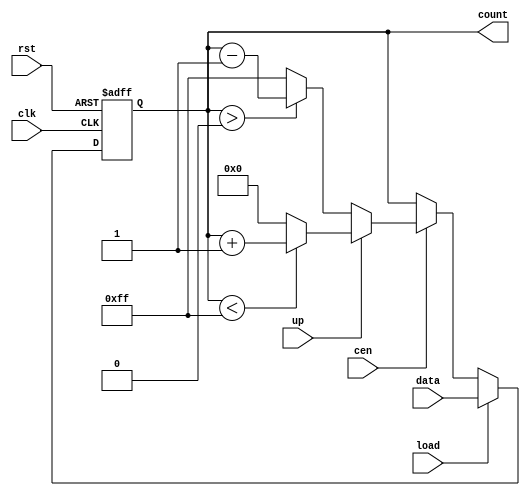
module SynchronousLoadCounter #(
    parameter WIDTH = 8,        // Width of the counter
    parameter MAX_VALUE = 255,  // Maximum value for wrap-around
    parameter MIN_VALUE = 0     // Minimum value for wrap-around
)(
    input wire clk,             // Clock signal
    input wire rst,             // Reset signal (active high)
    input wire load,            // Load signal
    input wire [WIDTH-1:0] data,// Data input for loading
    input wire cen,             // Count enable signal
    input wire up,              // Up/Down control signal (1 for up, 0 for down)
    output reg [WIDTH-1:0] count // Current count value
);

    // Synchronous reset and load behavior
    always @(posedge clk or posedge rst) begin
        if (rst) begin
            count <= MIN_VALUE; // Reset to minimum value
        end else if (load) begin
            count <= data;      // Load the specified value
        end else if (cen) begin
            if (up) begin
                if (count < MAX_VALUE) begin
                    count <= count + 1; // Increment count
                end else begin
                    count <= MIN_VALUE; // Wrap around to minimum
                end
            end else begin
                if (count > MIN_VALUE) begin
                    count <= count - 1; // Decrement count
                end else begin
                    count <= MAX_VALUE; // Wrap around to maximum
                end
            end
        end
    end

endmodule